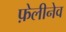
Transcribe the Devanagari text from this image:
फ़ेलीनेव